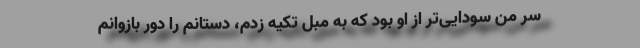
سرِ من سودایی‌تر از او بود که به مبل تکیه زدم، دستانم را دور بازوانم